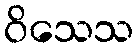
ဝိသေသ